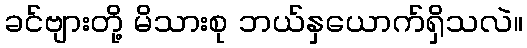
ခင်ဗျားတို့ မိသားစု ဘယ်နှယောက်ရှိသလဲ။